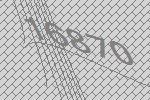
16870